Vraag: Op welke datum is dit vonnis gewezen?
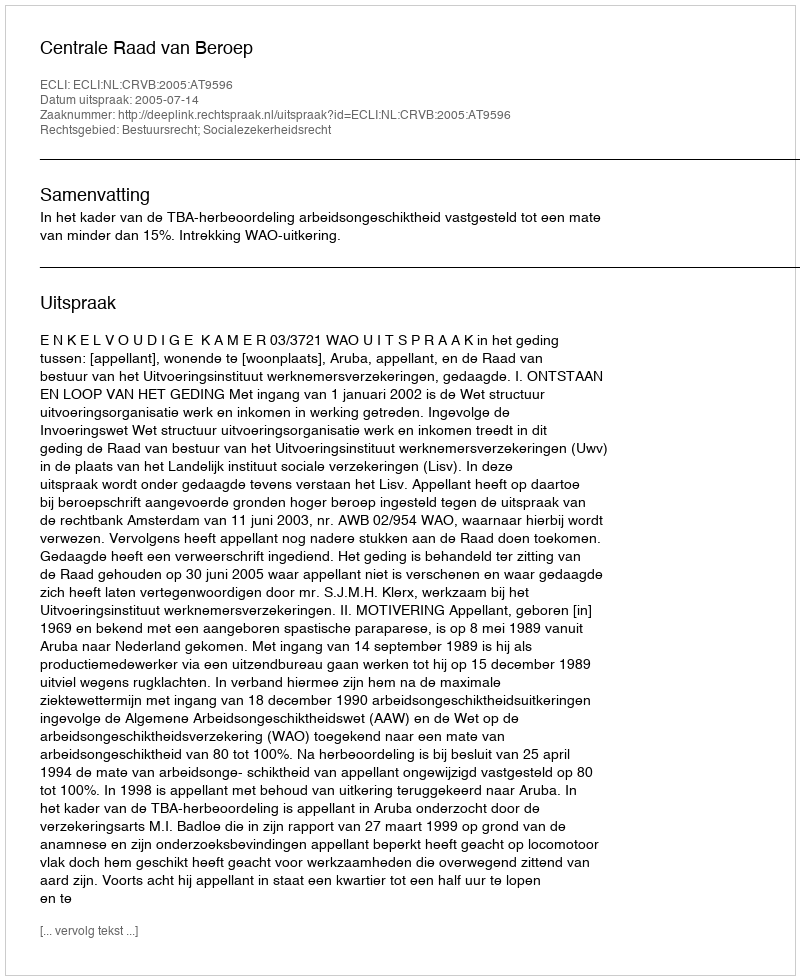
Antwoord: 2005-07-14